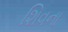
શિવના